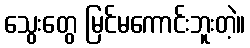
သွေးတွေ မြင်မကောင်းဘူးတဲ့။